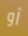
أو